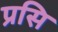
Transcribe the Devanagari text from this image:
प्रसि